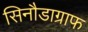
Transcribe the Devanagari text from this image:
सिनौडाग्राफ